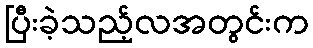
ပြီးခဲ့သည့်လအတွင်းက